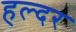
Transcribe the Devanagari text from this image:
हल्दर